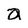
Character: a